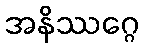
အနိဿဂ္ဂေ